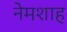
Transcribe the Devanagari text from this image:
नेमशाह